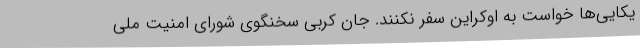
یکایی‌ها خواست به اوکراین سفر نکنند. جان کربی سخنگوی شورای امنیت ملی